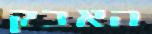
האבק